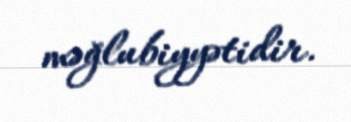
məğlubiyyətidir.